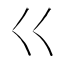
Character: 巜